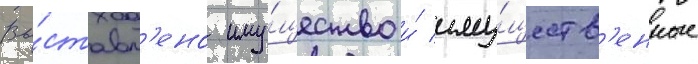
Вы́ставл'ено иму́щество и́ иму́ществ'енные